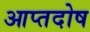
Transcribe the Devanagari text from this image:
आप्तदोष